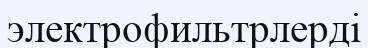
электрофильтрлерді